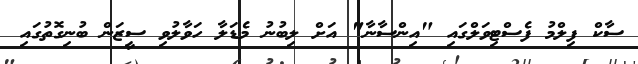
ސާކް ފިލްމު ފެސްޓިވަލްގައި "އިންސާނާ" އަށް ލިބުނު މެޑަލާ ހަވާލުވި ސީޒަން ބުނިގޮތުގައި